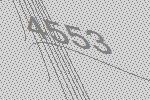
4553